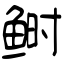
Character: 鲥